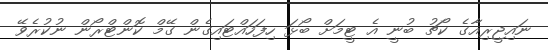
ނައިޖީރިއާގެ ކޯޗު ބުނީ އެ ޓީމަށް ބޯޅަ ހިފަހައްޓައިގެން ގޭމް ކޮންޓްރޯން ނުކުރެވޭ